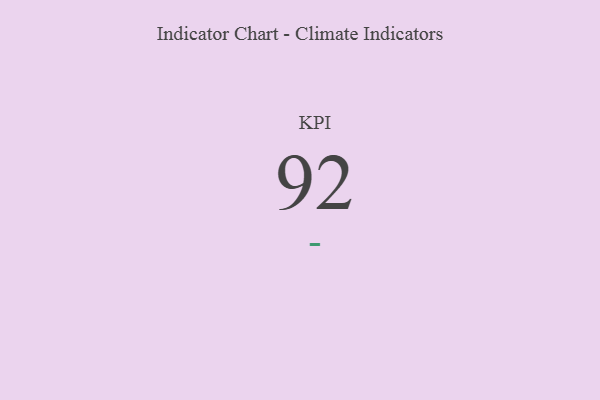
{"axis": {"x": "KPI", "y": "Value"}, "legend": [""], "data": [{"x": "KPI", "y": 92, "type": ""}]}